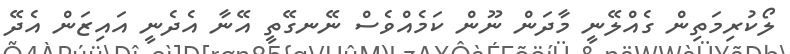
ލޯކުރިމަތިން ގެއްލޭނީ މާދަން ނޫން ކަމެއްވެސް ނޭނގޭތީ އޭނާ އެދެނީ އައިޒަން އެދޭ